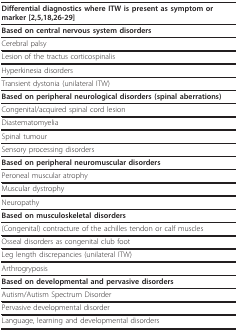
| Differential diagnostics where ITW is present as symptom or marker [2,5,18,26-29] |
 | --- |
 | Based on central nervous system disorders |
 | Cerebral palsy |
 | Lesion of the tractus corticospinalis |
 | Hyperkinesia disorders |
 | Transient dystonia (unilateral ITW) |
 | Based on peripheral neurological disorders (spinal aberrations) |
 | Congenital/acquired spinal cord lesion |
 | Diastematomyelia |
 | Spinal tumour |
 | Sensory processing disorders |
 | Based on peripheral neuromuscular disorders |
 | Peroneal muscular atrophy |
 | Muscular dystrophy |
 | Neuropathy |
 | Based on musculoskeletal disorders |
 | (Congenital) contracture of the achilles tendon or calf muscles |
 | Osseal disorders as congenital club foot |
 | Leg length discrepancies (unilateral ITW) |
 | Arthrogryposis |
 | Based on developmental and pervasive disorders |
 | Autism/Autism Spectrum Disorder |
 | Pervasive developmental disorder |
 | Language, learning and developmental disorders |